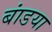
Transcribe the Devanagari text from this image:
बांडया